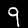
Digit: 9